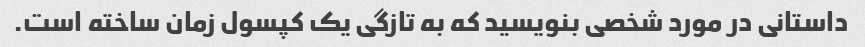
داستانی در مورد شخصی بنویسید که به تازگی یک کپسول زمان ساخته است.